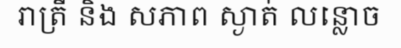
រាត្រី និង សភាព ស្ងាត់ លន្លោច